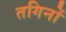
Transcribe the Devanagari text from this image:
तगिनों